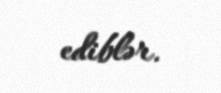
ediblər.